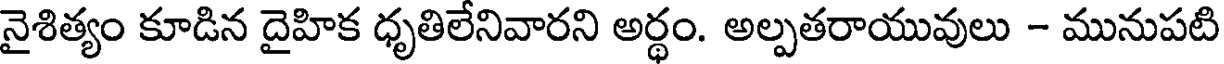
నైశిత్యం కూడిన దైహిక ధృతిలేనివారని అర్థం. అల్పతరాయువులు - మునుపటి